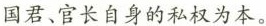
国君、官长自身的私权为本。